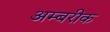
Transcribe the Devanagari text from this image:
अम्बरीक